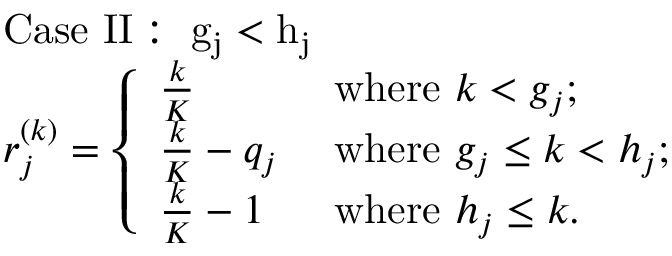
\begin{array} { r l } & { \mathrm { C a s e ~ I I : ~ g _ j < h _ j ~ } } \\ & { r _ { j } ^ { ( k ) } = \left\{ \begin{array} { l l } { \frac { k } { K } } & { \mathrm { ~ w h e r e ~ } k < g _ { j } ; } \\ { \frac { k } { K } - q _ { j } } & { \mathrm { ~ w h e r e ~ } g _ { j } \leq k < h _ { j } ; } \\ { \frac { k } { K } - 1 } & { \mathrm { ~ w h e r e ~ } h _ { j } \leq k . } \end{array} \right. } \end{array}